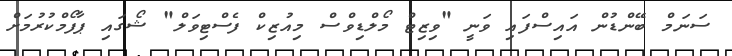
ސަނަމް ބޭންޑުން އައިސްފައި ވަނީ "ވިޒިޓް މޯލްޑިވްސް މިއުޒިކް ފެސްޓިވަލް" ޝޯގައި ޕާފޯމްކުރުމަށް